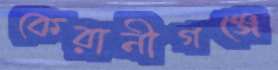
কেরানীগঞ্জে